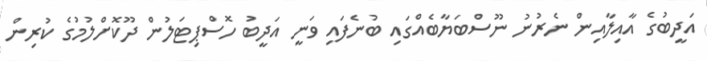
އަދީބުގެ އާއިލާއިން ނެރުނު ނޫސްބަޔާބެއްގައި ބުނެފައި ވަނީ އަދީބު ހޮސްޕިޓަލުން ދޫކޮށްލުމުގެ ކުރިން